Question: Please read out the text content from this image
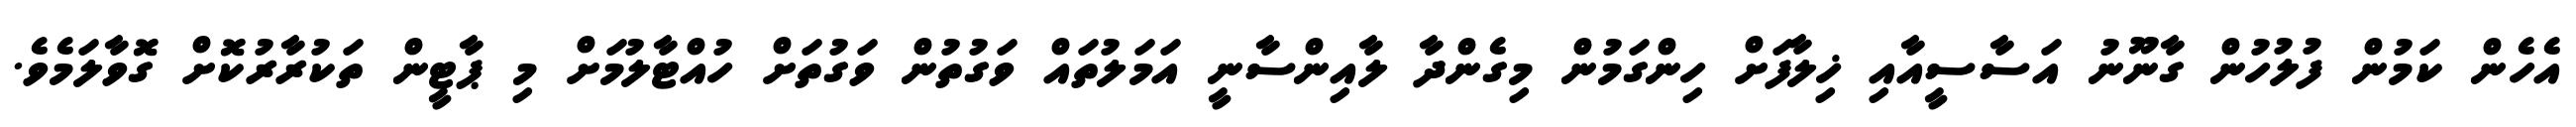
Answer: އެހެން ކަމުން ފުލުހުން ގާނޫނު އަސާސީއާއި ޚިލާފަށް ހިންގަމުން މިގެންދާ ލާއިންސާނީ އަމަލުތައް ވަގުތުން ވަގުތަށް ހުއްޓާލުމަށް މި ޕާޓީން ތަކުރާރުކޮށް ގޮވާލަމެވެ.